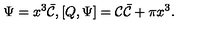
\Psi = x ^ { 3 } \bar { \cal C } , [ Q , \Psi ] = { \cal C } \bar { \cal C } + \pi x ^ { 3 } .